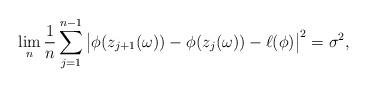
LaTeX: \begin{align*}\lim_{n} \frac{1}{n} \sum_{j=1}^{n-1} \big| \phi(z_{j+1}(\omega)) - \phi(z_j(\omega)) - \ell(\phi)\big|^2 = \sigma^2,\end{align*}